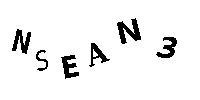
NSEAN3